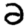
Digit: 2